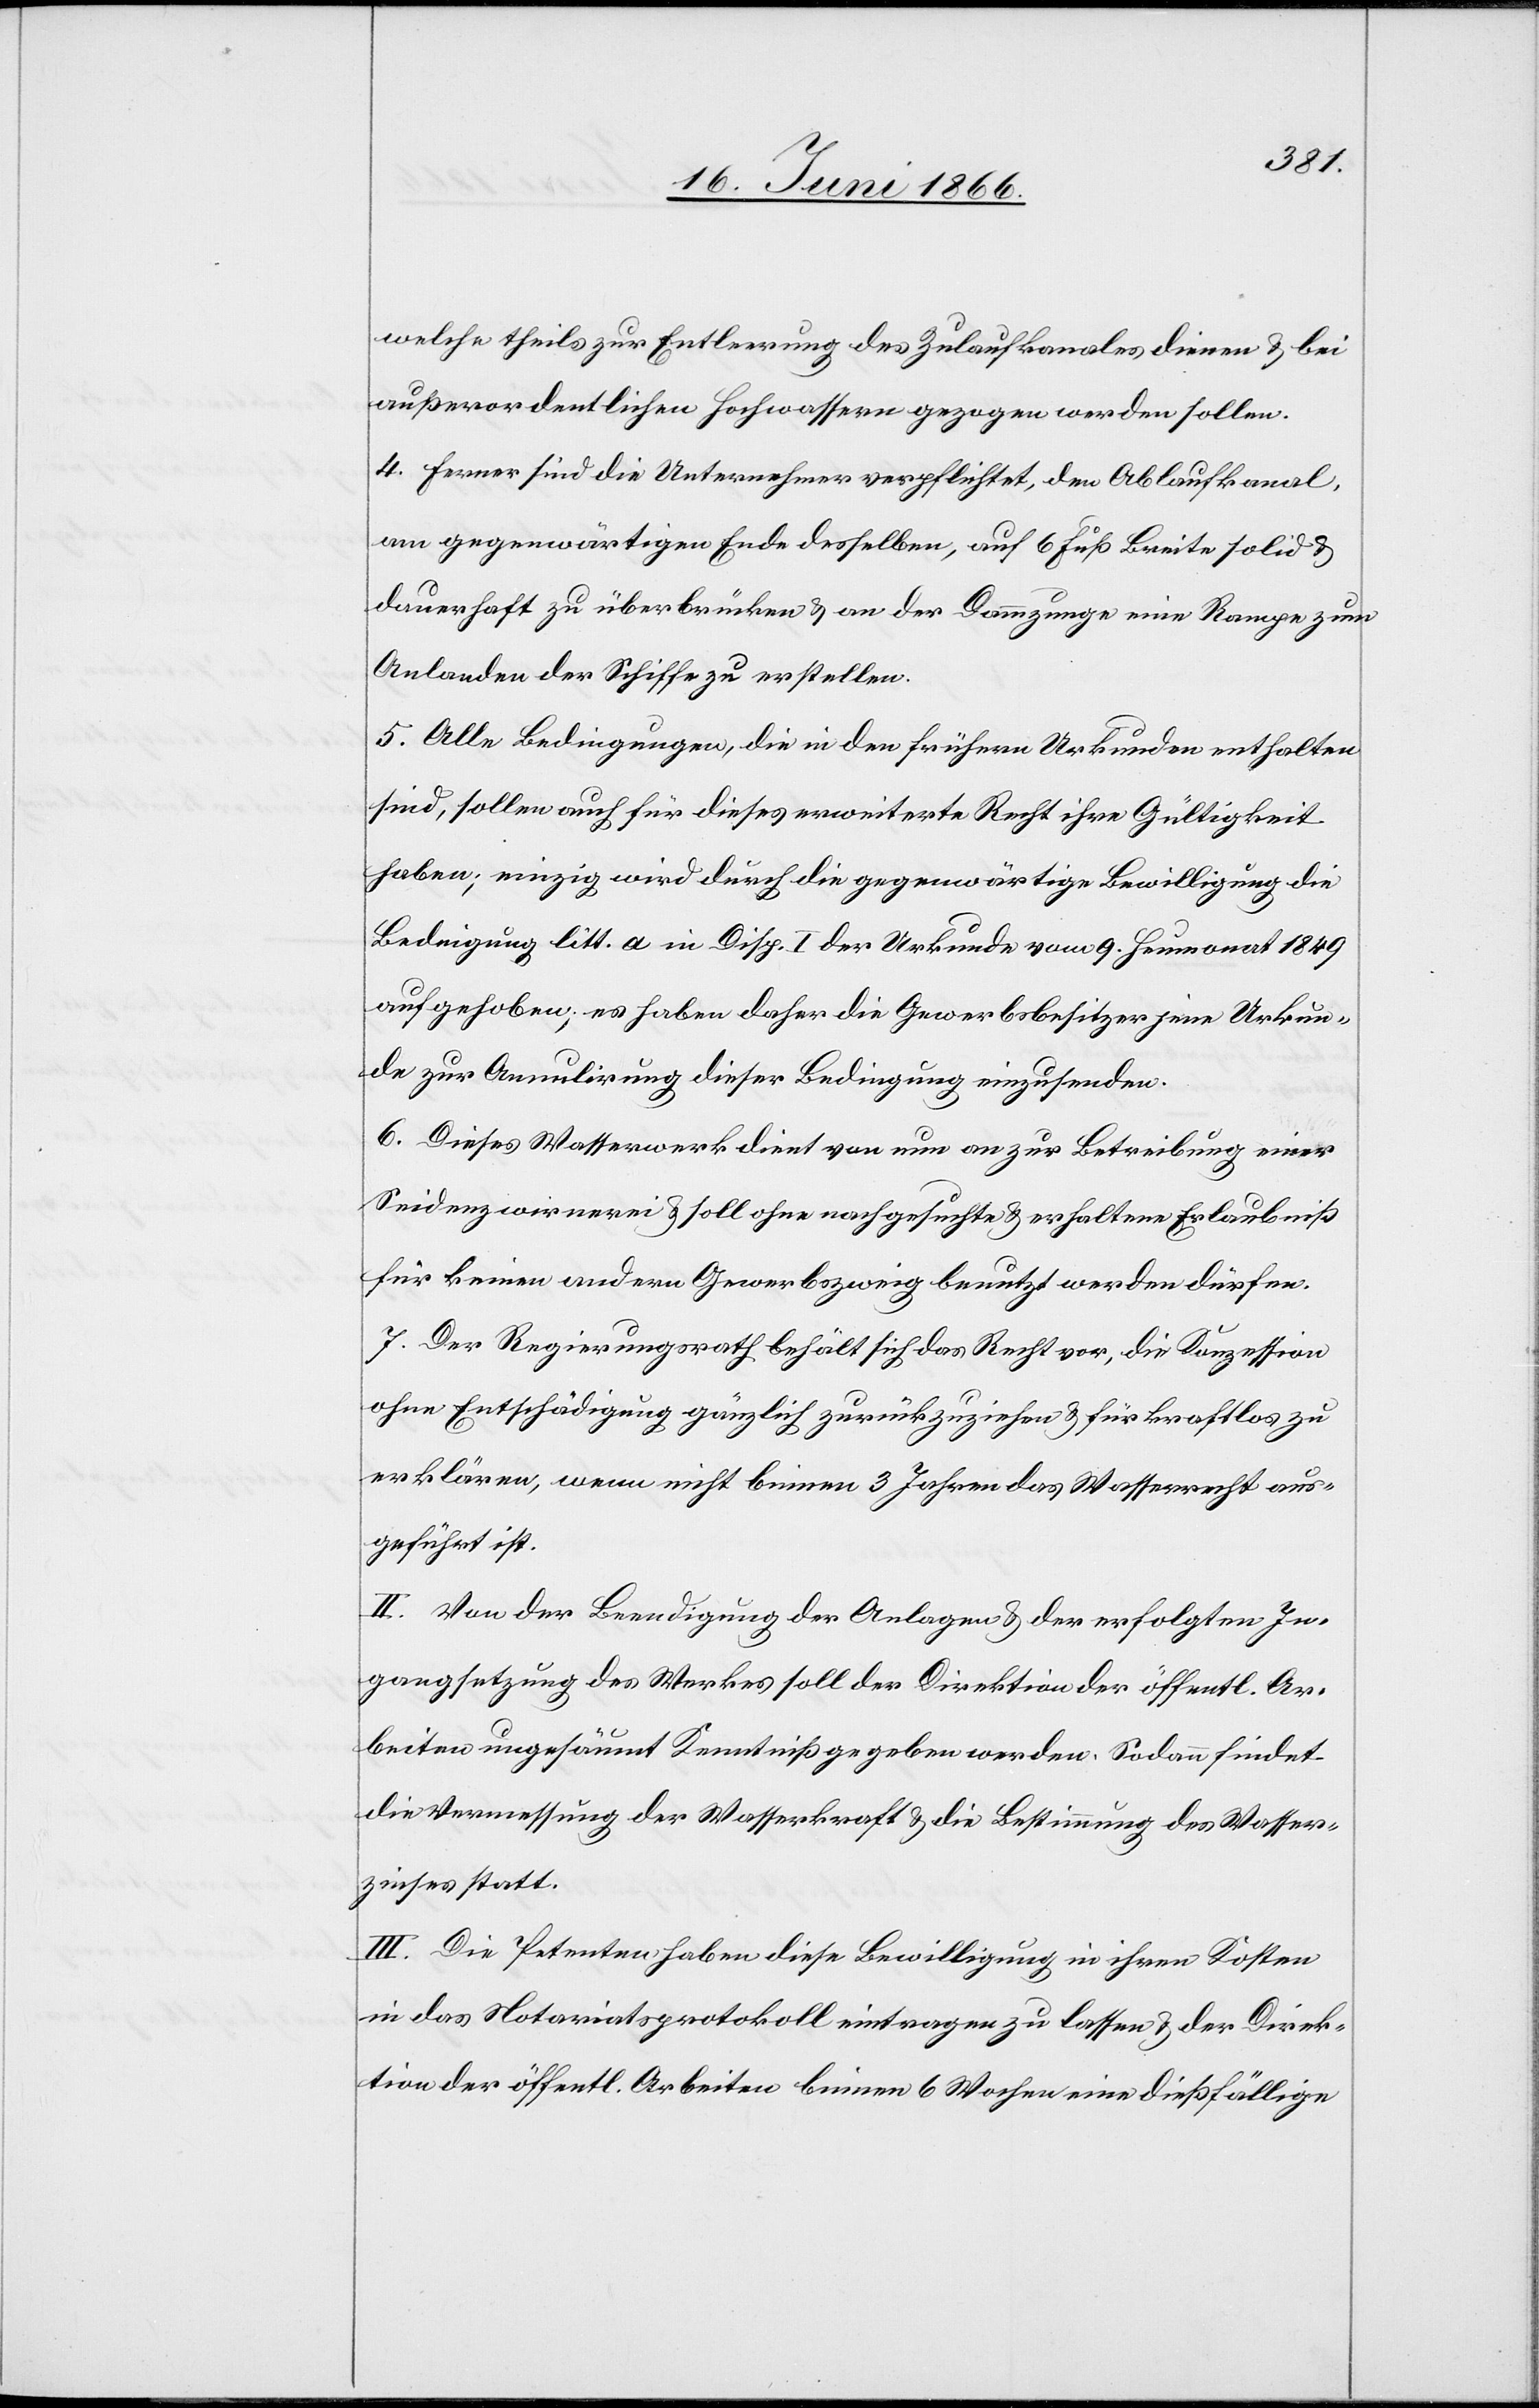
welche theils zur Entleerung des Zulaufkanales dienen u. bei
außerordentlichen Hochwassern gezogen werden sollen.
4. Ferner sind die Unternehmer verpflichtet, den Ablaufkanal,
am gegenwärtigen Ende desselben, auf 6 Fuß Breite solid u
dauerhaft zu überbrücken u. an der Dammzunge eine Rampe zum
Anlanden der Schiffe zu erstellen.
5. Alle Bedingungen, die in den frühern Urkunden enthalten
sind, sollen auch für dieses erweiterte Recht ihre Gültigkeit
haben; einzig wird durch die gegenwärtige Bewilligung die
Bedingung litt. a in Disp. I der Urkunde vom 9. Heumonat 1849
aufgehoben; es haben daher die Gewerbsbesitzer jene Urkun¬
de zur Annullirung dieser Bedingung einzusenden.
6. Dieses Wasserwerk dient von nun an zur Betreibung einer
Seidenzwirrerei u. soll ohne nachgesuchte u. erhaltene Erlaubniß
für keinen andern Gewerbszweig benutzt werden dürfen.
7. Der Regierungsrath behält sich das Recht vor, die Konzession
ohne Entschädigung gänzlich zurückzuziehen u. für kraftlos zu
erklären, wenn nicht binnen 3 Jahren das Wasserrecht aus¬
geführt ist.
II. Von der Beendigung der Anlagen u. der erfolgten In¬
gangsetzung des Werkes soll der Direktion der öffentl. Ar¬
beiten ungesäumt Kenntniß gegeben werden. Sodann findet
die Vermessung der Wasserkraft u. die Bestimmung des Wasser¬
zinses statt.
III. Die Petenten haben diese Bewilligung in ihren Kosten
in das Notariatsprotokoll eintragen zu lassen u. der Direk¬
tion der öffentl. Arbeiten binnen 6 Wochen eine dießfällige